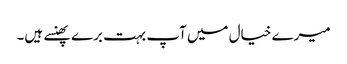
میرے خیال میں آپ بہت برے پھنسے ہیں۔